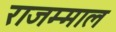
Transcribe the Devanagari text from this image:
राजम्माल